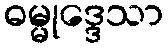
ဓမ္မုဒ္ဒေသာ